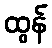
ထွန်